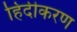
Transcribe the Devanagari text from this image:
हिंदीकरण